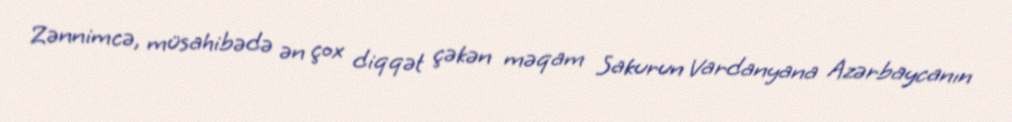
Zənnimcə, müsahibədə ən çox diqqət çəkən məqam Sakurun Vardanyana Azərbaycanın